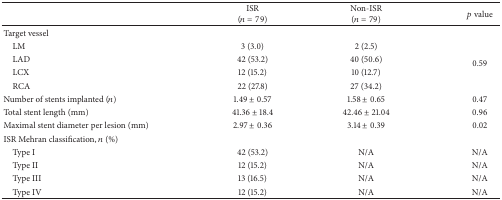
|  | ISR (n = 79) | Non-ISR (n = 79) | p value |
 | --- | --- | --- | --- |
 | Target vessel |  |  |  |
 | LM | 3 (3.0) | 2 (2.5) | <ROWSPAN=4> 0.59 |
 | LAD | 42 (53.2) | 40 (50.6) |
 | LCX | 12 (15.2) | 10 (12.7) |
 | RCA | 22 (27.8) | 27 (34.2) |
 | Number of stents implanted (n) | 1.49 ± 0.57 | 1.58 ± 0.65 | 0.47 |
 | Total stent length (mm) | 41.36 ± 18.4 | 42.46 ± 21.04 | 0.96 |
 | Maximal stent diameter per lesion (mm) | 2.97 ± 0.36 | 3.14 ± 0.39 | 0.02 |
 | ISR Mehran classification, n (%) |  |  |  |
 | Type I | 42 (53.2) | N/A | N/A |
 | Type II | 12 (15.2) | N/A | N/A |
 | Type III | 13 (16.5) | N/A | N/A |
 | Type IV | 12 (15.2) | N/A | N/A |